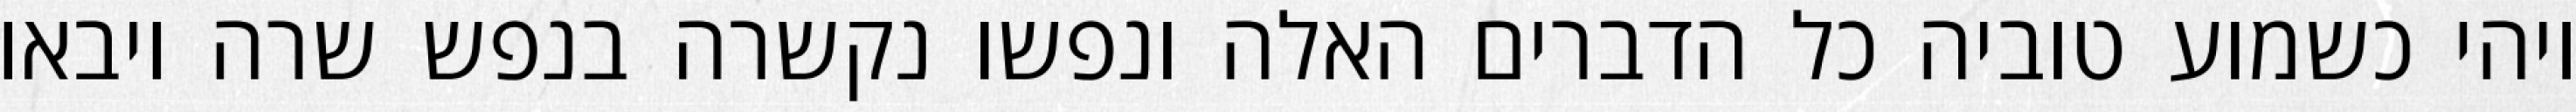
ויהי כשמוע טוביה כל הדברים האלה ונפשו נקשרה בנפש שרה ויבאו